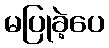
မပြုခဲ့ပေ